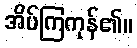
အိပ်ကြကုန်၏။